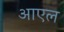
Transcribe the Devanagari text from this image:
आएल